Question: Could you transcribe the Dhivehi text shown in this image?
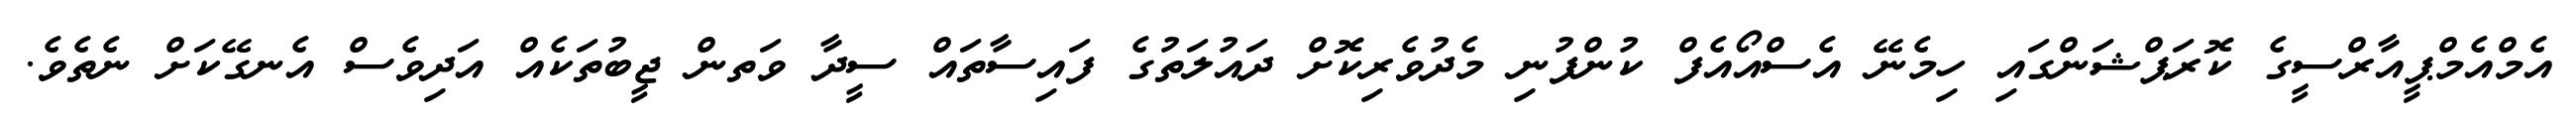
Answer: އެމްއެމްޕީއާރްސީގެ ކޮރަޕްޝަންގައި ހިމެނޭ އެސްއޯއެފް ކުންފުނި މެދުވެރިކޮށް ދައުލަތުގެ ފައިސާތައް ސީދާ ވަތން ޖީބުތަކެއް އަދިވެސް އެނގޭކަށް ނެތެވެ.